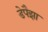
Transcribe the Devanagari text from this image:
डेपैझा